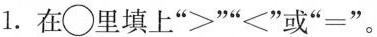
1.在\circ 里填上”>””<”或”=”.